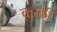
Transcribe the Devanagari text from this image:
क़ुरक़ी